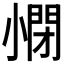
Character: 𡮥